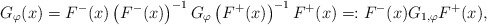
\begin{align*}G_{\varphi}(x) = F^{-}(x) \left(F^{-}(x)\right)^{-1} G_{\varphi} \left(F^{+}(x)\right)^{-1} F^{+}(x) =: F^{-}(x) G_{1, \varphi} F^{+}(x),\end{align*}